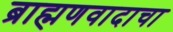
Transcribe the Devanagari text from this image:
ब्राह्मणवादाचा